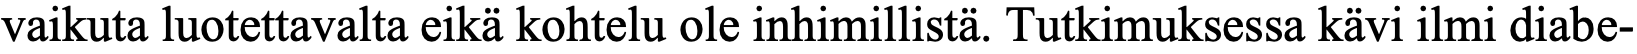
vaikuta luotettavalta eikä kohtelu ole inhimillistä. Tutkimuksessa kävi ilmi diabe-